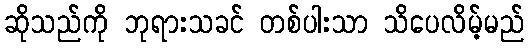
ဆိုသည်ကို ဘုရားသခင် တစ်ပါးသာ သိပေလိမ့်မည်